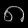
Digit: ၈